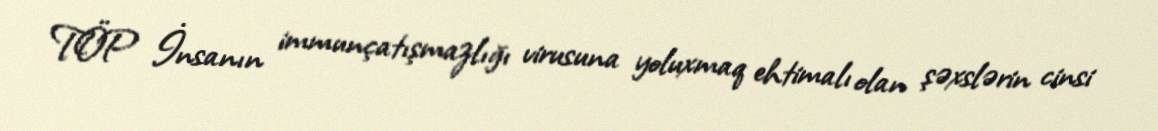
TÖP İnsanın immunçatışmazlığı virusuna yoluxmaq ehtimalı olan şəxslərin cinsi